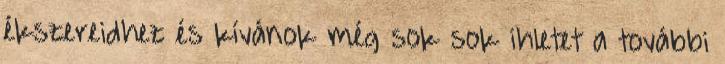
ékszereidhez és kívánok még sok sok ihletet a további